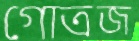
গোত্রজ